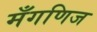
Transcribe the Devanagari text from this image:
मँगणिज